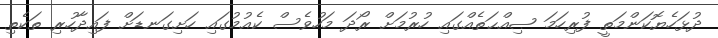
ދުޅަހެޔޮކަންމަތީ ފުރިހަމަ ޞިއްޙަތެއްގައި ހުރުމަށް ރޯދަ މަހުވެސް ކެއުމުގައި ހަށިގަނޑަށް ފައިދާހުރި ތަކެތި